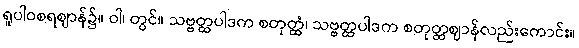
ရူပါဝစရဈာန်၌။ ဝါ၊ တွင်။ သဗ္ဗတ္ထပါဒက စတုတ္ထံ၊ သဗ္ဗတ္ထပါဒက စတုတ္ထဈာန်လည်းကောင်း။